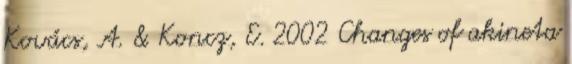
Kovács, A. & Koncz, E. 2002 Changes of akineta